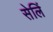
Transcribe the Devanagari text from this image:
सेलिं